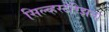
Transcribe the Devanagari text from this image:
सिल्व्हस्टेरिझला